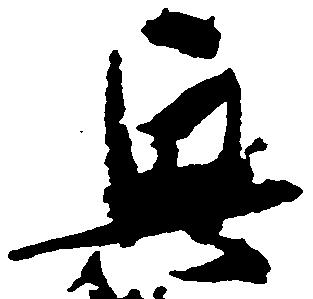
興